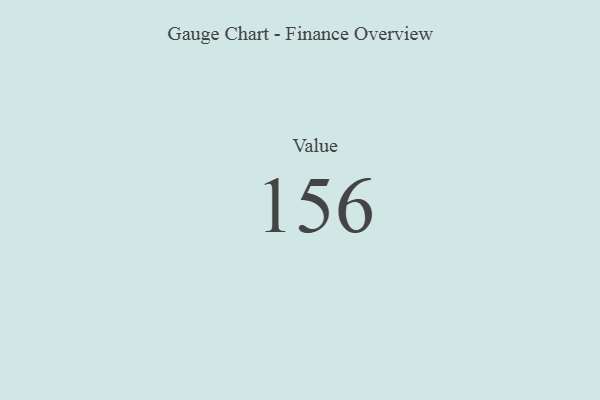
{"axis": {"x": "Metric", "y": "Value"}, "legend": [""], "data": [{"x": "Value", "y": 156, "type": ""}]}